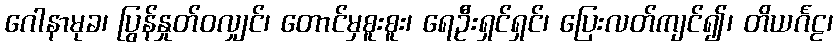
ဂေါနာမုခ၊ ပြွန်နှုတ်ဝလျှင်၊ တောင်မှစူးစူး၊ ရေဦးရှင်ရှင်၊ ပြေးလတ်ကျင်၍၊ တိယင်္ဂဠ၊